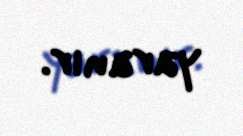
yaranır.